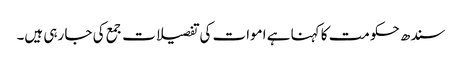
سندھ حکومت کا کہنا ہے اموات کی تفصیلات جمع کی جا رہی ہیں۔